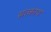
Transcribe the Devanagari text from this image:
सत्काय